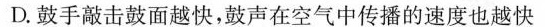
D.鼓手敲击鼓面越快，鼓声在空气中传播的速度也越快